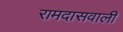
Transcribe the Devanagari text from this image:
रामदासवाली